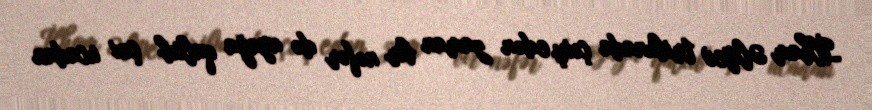
İlham Əliyev tribunada çıxış edən zaman bir nəfər də ayağa qalxıb çox ucadan